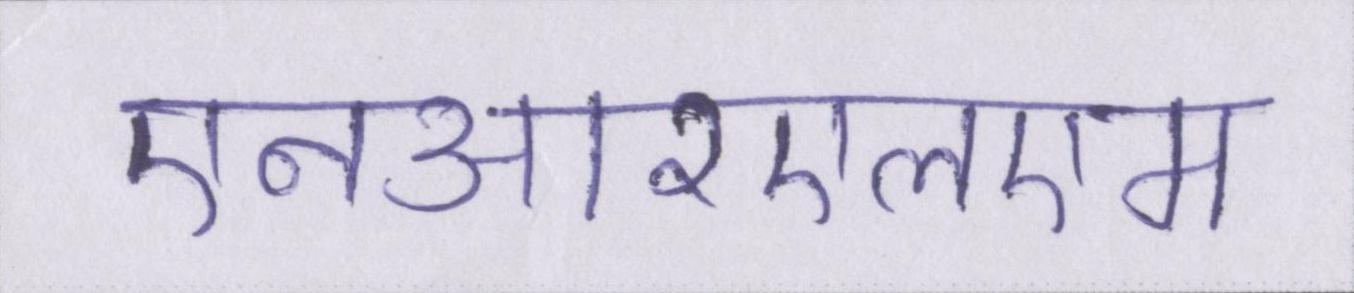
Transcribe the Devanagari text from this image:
एनआरएलएम